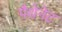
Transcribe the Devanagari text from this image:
पैथेनेट